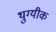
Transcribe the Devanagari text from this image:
थुग्यीक